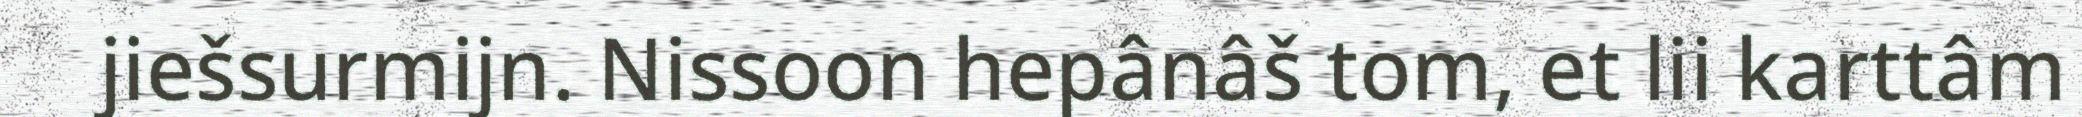
jiešsurmijn. Nissoon hepânâš tom, et lii karttâm